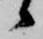
候